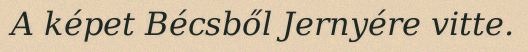
A képet Bécsből Jernyére vitte.